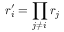
r _ { i } ^ { \prime } = \prod _ { j \neq i } r _ { j }